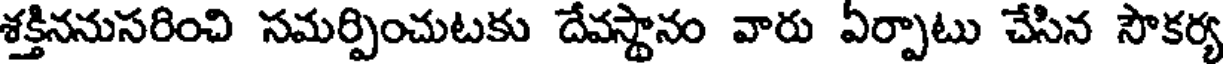
శక్తిననుసరించి సమర్పించుటకు దేవస్థానం వారు ఏర్పాటు చేసిన సౌకర్య